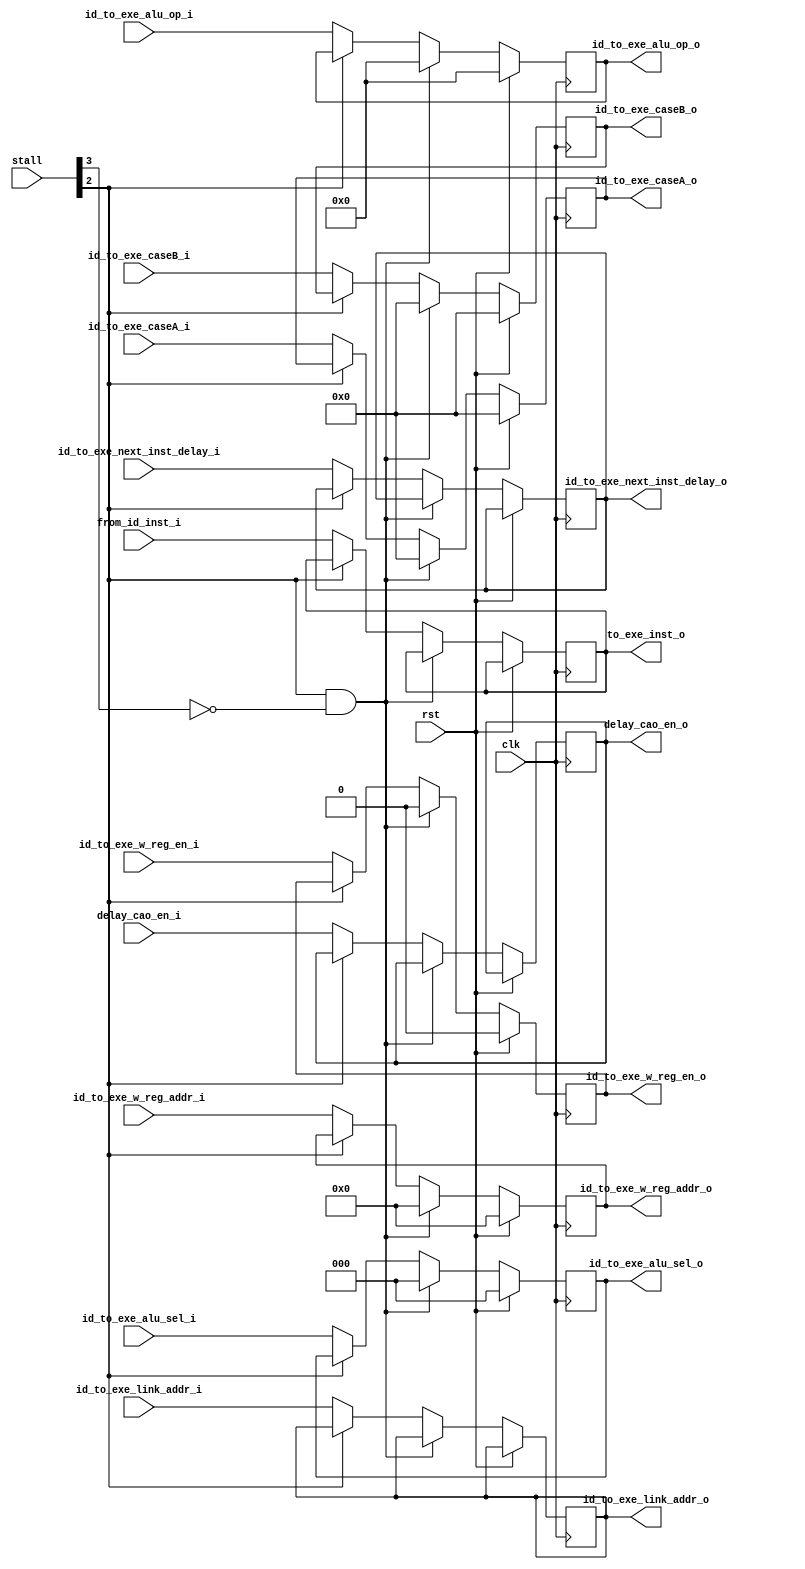
module ID_EXE (
    input rst,
    input clk,

    input [5:0]stall,

    input [7:0] id_to_exe_alu_op_i,
    input [2:0] id_to_exe_alu_sel_i,

    input id_to_exe_w_reg_en_i,
    input [4:0] id_to_exe_w_reg_addr_i,
    
    input [31:0] id_to_exe_caseA_i,
    input [31:0] id_to_exe_caseB_i,
//
    input delay_cao_en_i,
    input [31:0] id_to_exe_link_addr_i,
    input id_to_exe_next_inst_delay_i,

//SW / LW
    input [31:0] from_id_inst_i,

    output reg[7:0] id_to_exe_alu_op_o,
    output reg[2:0] id_to_exe_alu_sel_o,

    output reg id_to_exe_w_reg_en_o,
    output reg [4:0]id_to_exe_w_reg_addr_o,

    output reg delay_cao_en_o,
    output reg [31:0] id_to_exe_link_addr_o,
    output reg id_to_exe_next_inst_delay_o,

    output reg [31:0]to_exe_inst_o,
    
    output reg[31:0] id_to_exe_caseA_o,
    output reg[31:0] id_to_exe_caseB_o
);

always @(posedge clk) begin
    if(rst)begin
        id_to_exe_alu_op_o <= 8'b00000000;
        id_to_exe_alu_sel_o <= 3'b000;

        id_to_exe_w_reg_en_o <= 1'b0;
        id_to_exe_w_reg_addr_o <= 5'b00000;
    
        id_to_exe_caseA_o <= 32'h00000000;
        id_to_exe_caseB_o <= 32'h00000000;
    end else begin
        if(stall[2] == 1'b1 && stall[3] == 1'b0)begin
            id_to_exe_alu_op_o <= 8'b00000000;
            id_to_exe_alu_sel_o <= 3'b000;

            id_to_exe_w_reg_en_o <= 1'b0;
            id_to_exe_w_reg_addr_o <= 5'b00000;

            id_to_exe_caseA_o <= 32'h00000000;
            id_to_exe_caseB_o <= 32'h00000000;
        end else begin
            if(stall[2] == 1'b0)begin
                id_to_exe_alu_op_o <= id_to_exe_alu_op_i;
                id_to_exe_alu_sel_o <= id_to_exe_alu_sel_i;

                id_to_exe_w_reg_en_o <= id_to_exe_w_reg_en_i;
                id_to_exe_w_reg_addr_o <= id_to_exe_w_reg_addr_i;
            
                id_to_exe_caseA_o <= id_to_exe_caseA_i;
                id_to_exe_caseB_o <= id_to_exe_caseB_i;

                delay_cao_en_o <= delay_cao_en_i;
                id_to_exe_link_addr_o <= id_to_exe_link_addr_i;
                id_to_exe_next_inst_delay_o <= id_to_exe_next_inst_delay_i;

                to_exe_inst_o <= from_id_inst_i; 
            end
        end
    end
end
endmodule